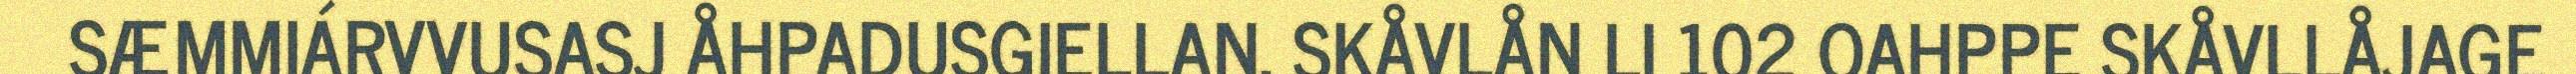
SÆMMIÁRVVUSASJ ÅHPADUSGIELLAN. SKÅVLÅN LI 102 OAHPPE SKÅVLLÅJAGE